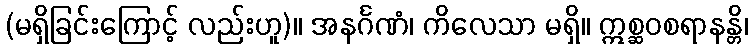
(မရှိခြင်းကြောင့် လည်းဟူ)။ အနင်္ဂဏံ၊ ကိလေသာ မရှိ။ ဣစ္ဆဝစရာနန္တိ၊